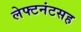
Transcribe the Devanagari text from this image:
लेफ्टनंटसह